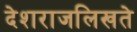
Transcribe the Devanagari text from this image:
देशराजलिखते